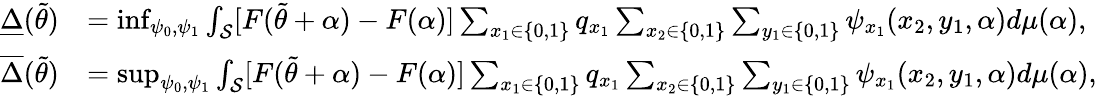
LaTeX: \begin{array}{rl}{\underline{{\Delta}}(\widetilde{\theta})}&{=\operatorname*{inf}_{\psi_{0},\psi_{1}}\int_{{\cal{S}}}[F(\widetilde{\theta}+\alpha)-F(\alpha)]\sum_{x_{1}\in\{ 0,1\} }q_{x_{1}}\sum_{x_{2}\in\{ 0,1\} }\sum_{y_{1}\in\{ 0,1\} }\psi_{x_{1}}(x_{2},y_{1},\alpha)d\mu(\alpha),}\\ {\overline{{\Delta}}(\widetilde{\theta})}&{=\operatorname*{sup}_{\psi_{0},\psi_{1}}\int_{{\cal{S}}}[F(\widetilde{\theta}+\alpha)-F(\alpha)]\sum_{x_{1}\in\{ 0,1\} }q_{x_{1}}\sum_{x_{2}\in\{ 0,1\} }\sum_{y_{1}\in\{ 0,1\} }\psi_{x_{1}}(x_{2},y_{1},\alpha)d\mu(\alpha),}\end{array}